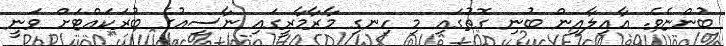
ބުންޏެވެ. އާއިލާއިން ބުނި ގޮތުގައި މި ހިނގި މާރާމާރީގައި ނާސިއުގެ ބުރަކައްޓަށް ވަނީ